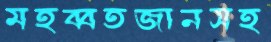
মহব্বতজানসহ